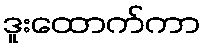
ဒူးထောက်ကာ